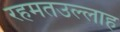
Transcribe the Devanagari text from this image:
रहमतउल्लाह